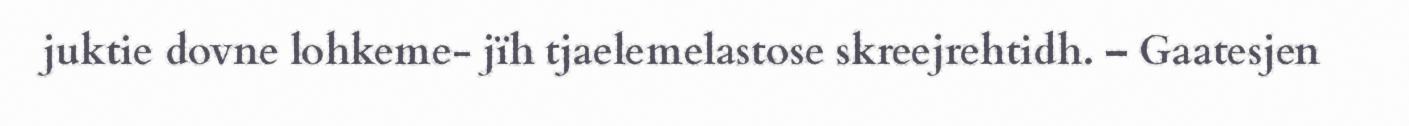
juktie dovne lohkeme- jïh tjaelemelastose skreejrehtidh. – Gaatesjen